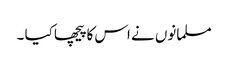
مسلمانوں نے اس کا پیچھا کیا ۔